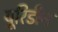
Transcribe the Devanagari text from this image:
यूरिडीन